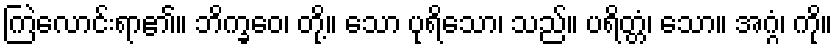
ကြဲလောင်းရာ၏။ ဘိက္ခဝေ၊ တို့။ သော ပုရိသော၊ သည်။ ပရိတ္တံ၊ သော။ အဂ္ဂံ၊ ကို။